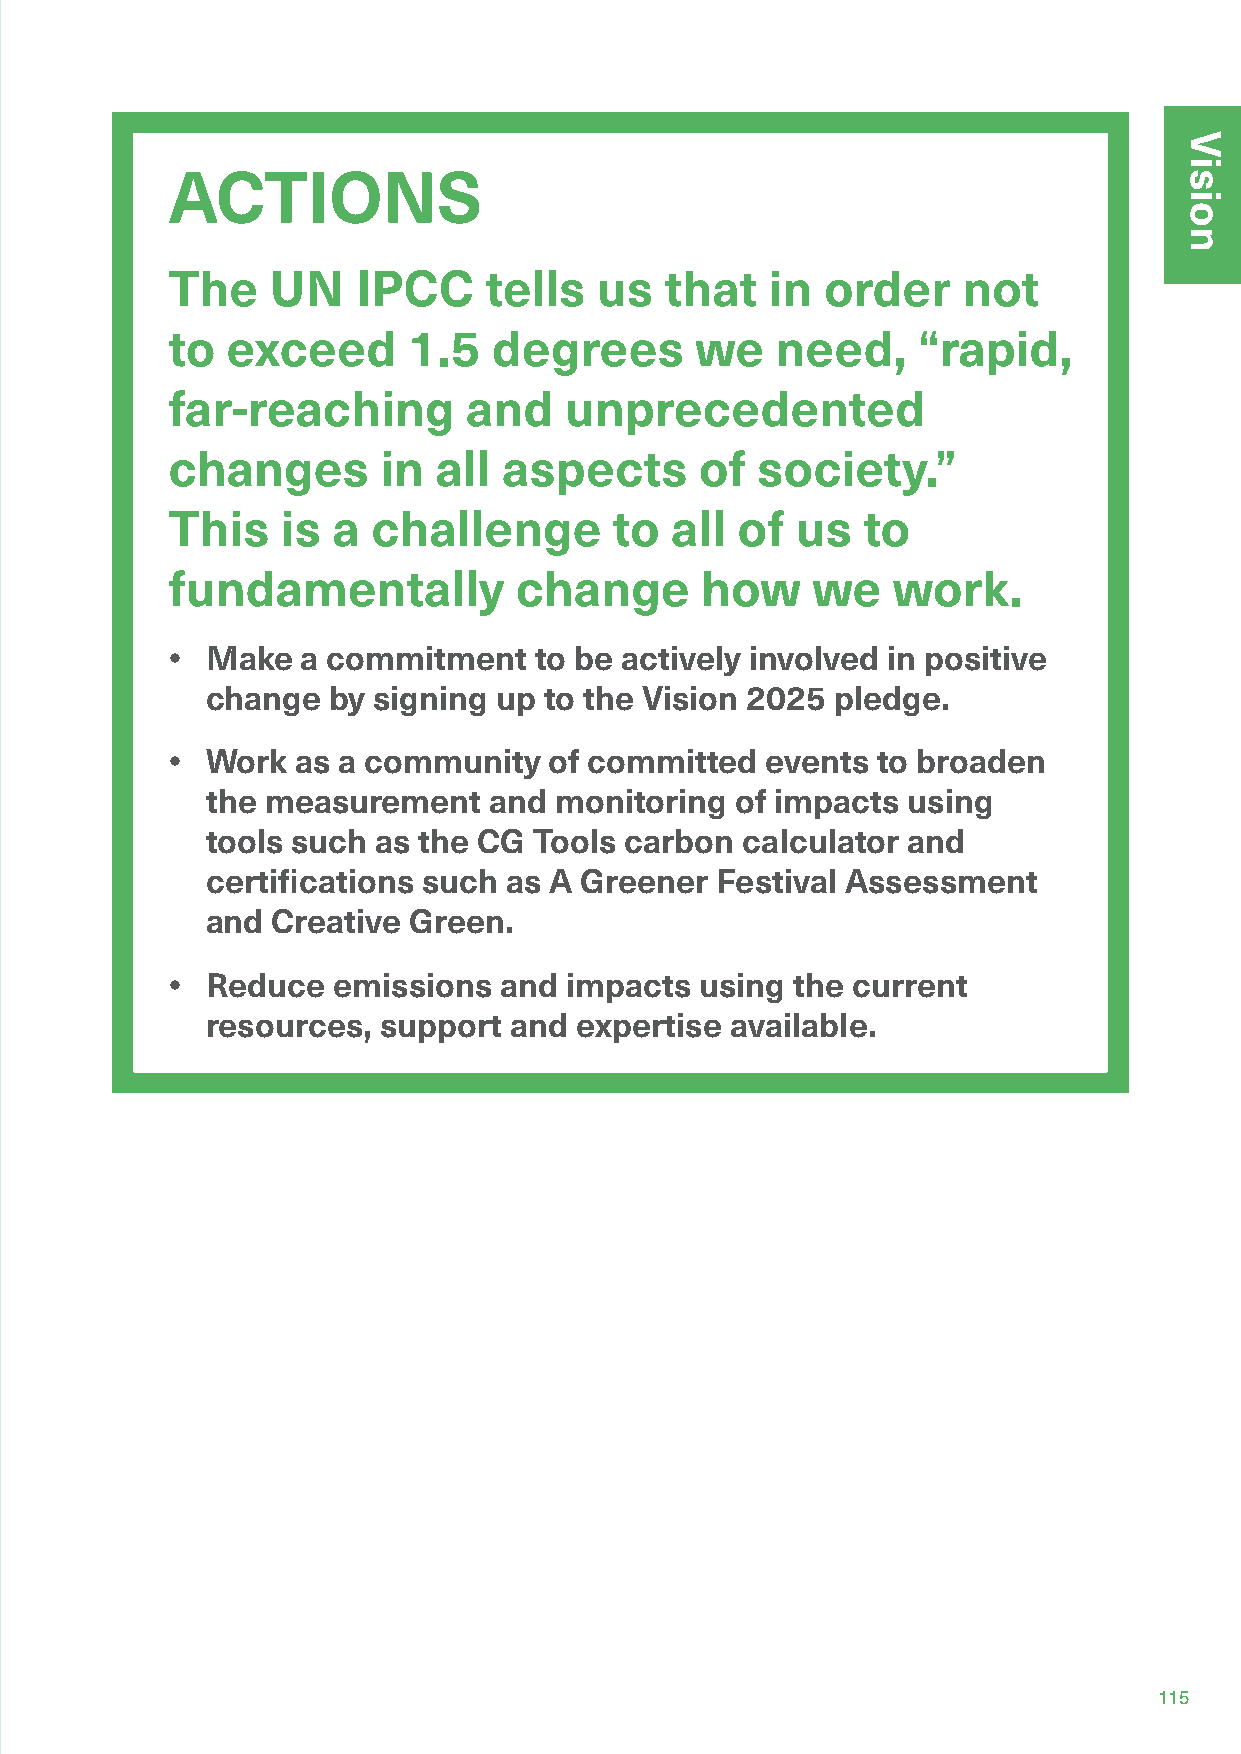
ACTIONS
 The    UN    IPCC    tells  us   that   in  order    not
 to  exceed      1.5   degrees      we   need,     “rapid,
 far-reaching        and   unprecedented
 changes       in  all aspects      of  society.”
 This    is a  challenge       to all  of  us  to
 fundamentally          change      how     we   work.
 •  Make  a commitment   to be actively involved in positive
 change  by signing up to the Vision 2025 pledge.
 •  Work  as a community  of committed   events to broaden
 the measurement   and  monitoring  of impacts using
 tools such as the CG Tools carbon  calculator and
 certifications such as A Greener Festival Assessment
 and Creative Green.
 •  Reduce  emissions  and impacts  using the current
 resources, support  and expertise available.
 115
 Vision